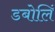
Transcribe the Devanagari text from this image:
डबोलिं